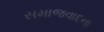
સમાજવાદના